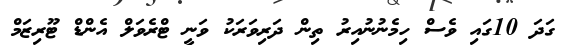
ގަދަ 10ގައި ވެސް ހިމެނުނުއިރު ތިން ދަރިވަރަކު ވަނީ ޓްރެވަލް އެންޑް ޓޫރިޒަމް